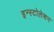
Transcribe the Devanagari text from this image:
इन्स्टोलेशन